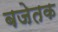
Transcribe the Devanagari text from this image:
बजेतक